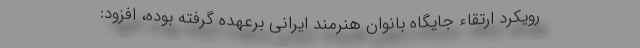
رویکرد ارتقاء جایگاه بانوان هنرمند ایرانی برعهده گرفته بوده، افزود: